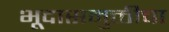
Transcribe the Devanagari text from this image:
भूदासमुक्तीचा